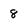
Character: 8